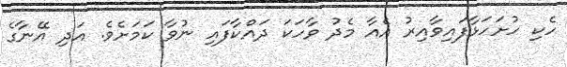
ހެކި ހުށަހަޅާފައިވާއިރު އެއާ މެދު ވާހަކަ ދައްކާފައި ނުވާ ކަމަށެވެ. އަދި އޭނާގެ